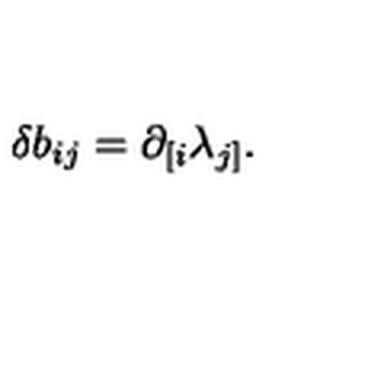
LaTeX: \delta b _ { i j } = \partial _ { [ i } \lambda _ { j ] } .